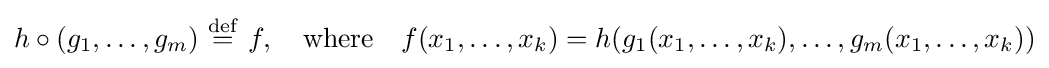
h\circ (g_{1},\ldots ,g_{m})\ {\stackrel {\mathrm {def} }{=}}\ f,\quad {\text{where}}\quad f(x_{1},\ldots ,x_{k})=h(g_{1}(x_{1},\ldots ,x_{k}),\ldots ,g_{m}(x_{1},\ldots ,x_{k}))